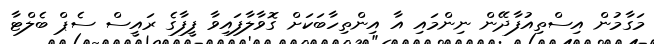
މަގާމުން އިސްތިއުފާދޭން ނިންމައި އާ އިންތިހާބަކަށް ގޮވާލާފައިވާ ފީފާގެ ރައީސް ސެޕް ބެލްޓާ